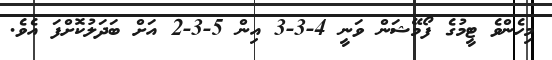
މިހެންވެ ޓީމުގެ ފޯމޭޝަން ވަނީ 4-3-3 އިން 5-3-2 އަށް ބަދަލުކޮށްފަ އެވެ.